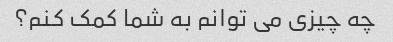
چه چیزی می توانم به شما کمک کنم؟